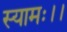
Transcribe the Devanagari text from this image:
स्यामः।।